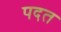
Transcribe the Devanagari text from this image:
पदत